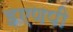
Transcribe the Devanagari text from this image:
इएणपी